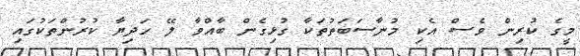
މީގެ ކުރިން ވެސް އެކި މުނާސަބަތުތަކާ ގުޅިގެން ބާއްވާ ލޭ ހަދިޔާ ކުރުންތަކުގައި